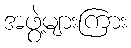
အဖွဲ့များကြား